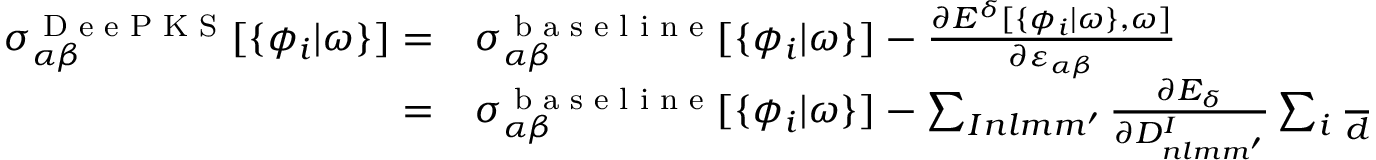
\begin{array} { r l } { \sigma _ { \alpha \beta } ^ { \scriptsize { \textrm { D e e P K S } } } [ \{ \phi _ { i } | \omega \} ] = } & { { } \sigma _ { \alpha \beta } ^ { \scriptsize { \textrm { b a s e l i n e } } } [ \{ \phi _ { i } | \omega \} ] - \frac { \partial E ^ { \delta } [ \{ \phi _ { i } | \omega \} , \omega ] } { \partial \varepsilon _ { \alpha \beta } } } \\ { = } & { { } \sigma _ { \alpha \beta } ^ { \scriptsize { \textrm { b a s e l i n e } } } [ \{ \phi _ { i } | \omega \} ] - \sum _ { I n l m m ^ { \prime } } \frac { \partial E _ { \delta } } { \partial D _ { n l m m ^ { \prime } } ^ { I } } \sum _ { i } \frac { d } { d \varepsilon _ { \alpha \beta } } [ f _ { i } \langle \phi _ { i } | \alpha _ { n l m } ^ { I } \rangle \langle \alpha _ { n l m ^ { \prime } } ^ { I } | \phi _ { i } \rangle ] . } \end{array}